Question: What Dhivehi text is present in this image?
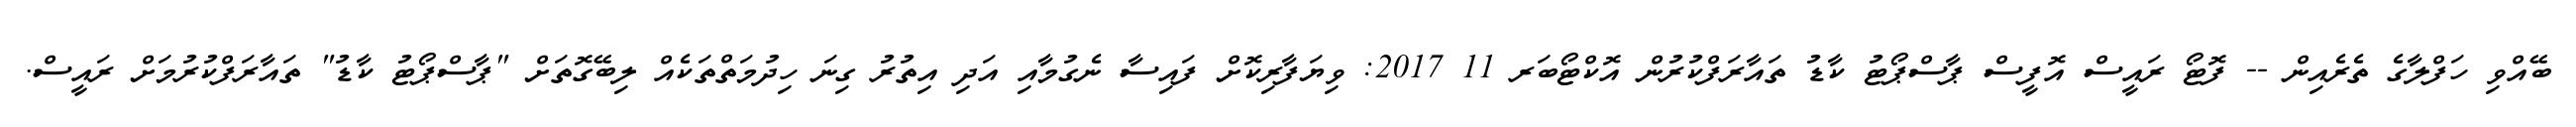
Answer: ބޭއްވި ހަފްލާގެ ތެރެއިން -- ފޮޓޯ ރައީސް އޮފީސް ޕާސްޕޯޓު ކާޑު ތައާރަފްކުރުން އޮކްޓޯބަރ 11 2017: ވިޔަފާރިކޮށް ފައިސާ ނެގުމާއި އަދި އިތުރު ގިނަ ހިދުމަތްތަކެއް ލިބޭގޮތަށް "ޕާސްޕޯޓު ކާޑު" ތައާރަފްކުރުމަށް ރައީސް.